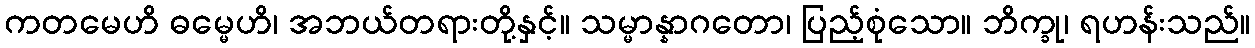
ကတမေဟိ ဓမ္မေဟိ၊ အဘယ်တရားတို့နှင့်။ သမ္မာန္နာဂတော၊ ပြည့်စုံသော။ ဘိက္ခု၊ ရဟန်းသည်။